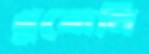
খুবোনি